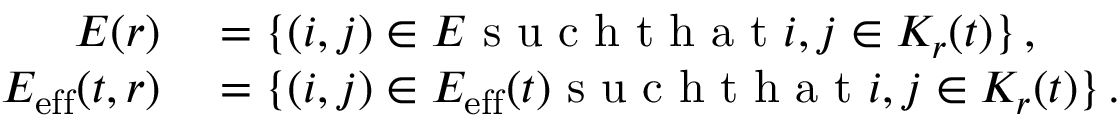
\begin{array} { r l } { E ( r ) } & { { } = \{ ( i , j ) \in E \mathrm { ~ s ~ u ~ c ~ h ~ t ~ h ~ a ~ t ~ } i , j \in K _ { r } ( t ) \} \, , } \\ { E _ { \mathrm { e f f } } ( t , r ) } & { { } = \{ ( i , j ) \in E _ { \mathrm { e f f } } ( t ) \mathrm { ~ s ~ u ~ c ~ h ~ t ~ h ~ a ~ t ~ } i , j \in K _ { r } ( t ) \} \, . } \end{array}